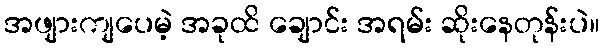
အဖျားကျပေမဲ့ အခုထိ ချောင်း အရမ်း ဆိုးနေတုန်းပဲ။